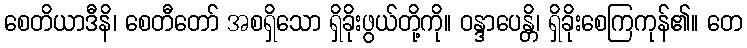
စေတိယာဒီနိ၊ စေတီတော် အစရှိသော ရှိခိုးဖွယ်တို့ကို။ ဝန္ဒာပေန္တိ၊ ရှိခိုးစေကြကုန်၏။ တေ